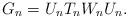
LaTeX: \begin{align*} G_n=U_nT_nW_nU_n.\end{align*}